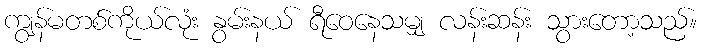
ကျွန်မတစ်ကိုယ်လုံး နွမ်းနယ် ရီဝေနေသမျှ လန်းဆန်း သွားတော့သည်။